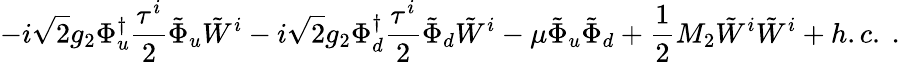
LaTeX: -i{\sqrt 2}g_{2}\Phi_{u}^{\dagger}{\frac{\tau^{i}}{2}}{\tilde{\Phi}}_{u}{\tilde{W}}^{i}-i{\sqrt 2}g_{2}\Phi_{d}^{\dagger}{\frac{\tau^{i}}{2}}{\tilde{\Phi}}_{d}{\tilde{W}}^{i}-\mu{\tilde{\Phi}}_{u}{\tilde{\Phi}}_{d}+{\frac{1}{2}}M_{2}{\tilde{W}}^{i}{\tilde{W}}^{i}+h.c.\ .